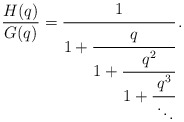
\begin{align*}\frac{H(q)}{G(q)}=\cfrac{1}{1+\cfrac{q}{1+\cfrac{q^2}{1+\cfrac{q^3}{\,\ddots}}}}\,.\end{align*}